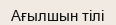
Ағылшын тілі